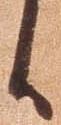
候